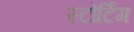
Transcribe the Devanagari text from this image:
स्टोर्टिंग